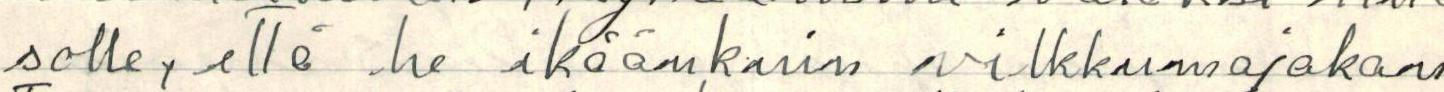
solle, että he ikäänkuin vilkkumajakan